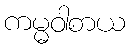
ကမ္မဝါစာယ